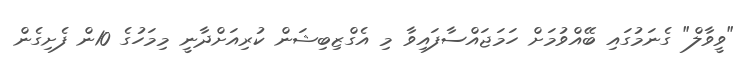
"ވީވާލް" ގެނަމުގައި ބޭއްވުމަށް ހަމަޖައްސާފައިވާ މި އެގްޒިބިޝަން ކުރިއަށްދާނީ މިމަހުގެ 10ން ފެށިގެން